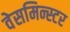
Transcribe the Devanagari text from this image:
वेसमिन्स्टर